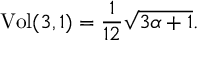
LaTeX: \mathrm { V o l } ( 3 , 1 ) = \frac { 1 } { 1 2 } \sqrt { 3 \alpha + 1 } .